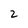
Character: 2